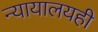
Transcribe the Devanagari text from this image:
न्यायालयही